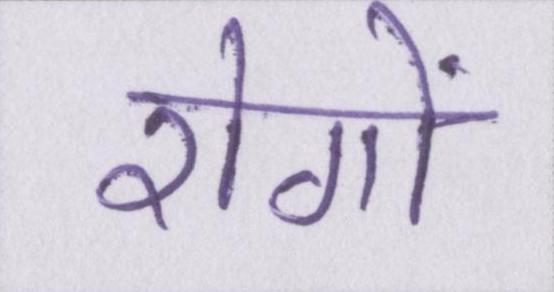
रोगों